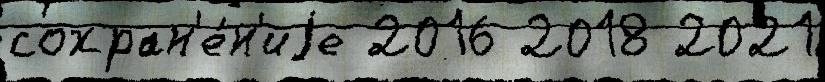
сохран'е́н'иjе 2016 2018 2021